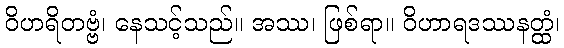
ဝိဟရိတဗ္ဗံ၊ နေသင့်သည်။ အဿ၊ ဖြစ်ရာ။ ဝိဟာရဒဿနတ္ထံ၊